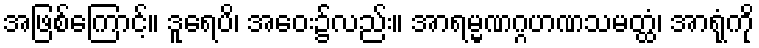
အဖြစ်ကြောင့်။ ဒူရေပိ၊ အဝေး၌လည်း။ အာရမ္မဏဂ္ဂဟဏသမတ္ထံ၊ အာရုံကို